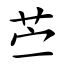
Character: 苎